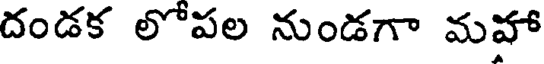
దండక లోపల నుండగా మహా